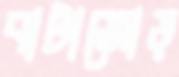
বাটাজোড়